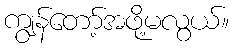
ကျွန်တော့်အဖို့မလွယ်။